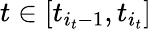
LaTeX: t\in[t_{i_{t}-1},t_{i_{t}}]